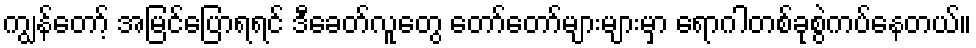
ကျွန်တော့် အမြင်ပြောရရင် ဒီခေတ်လူတွေ တော်တော်များများမှာ ရောဂါတစ်ခုစွဲကပ်နေတယ်။